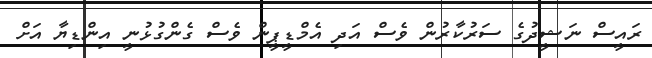
ރައީސް ނަޝީދުގެ ސަރުކާރުން ވެސް އަދި އެމްޑީޕީން ވެސް ގެންގުޅުނީ އިންޑިޔާ އަށް